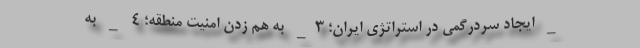
_ ایجاد سردرگمی در استراتژی ایران؛ ۳_ به هم زدن امنیت منطقه؛ ۴ _ به